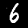
Label: 6